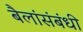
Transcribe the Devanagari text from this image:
बैलांसंबंधी